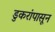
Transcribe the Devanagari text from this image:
डुकरांपासून